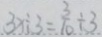
3 x \div 3 = \frac { 3 } { 1 0 } \div 3